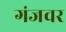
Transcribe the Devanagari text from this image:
गंजवर